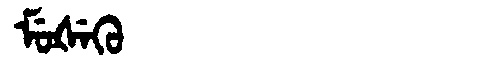
Manchu: ᠮᡠᡧᡝᡴᡠ
Romanization: MUŠEKU